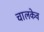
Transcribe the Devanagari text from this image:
चालकेव